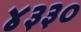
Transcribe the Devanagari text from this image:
४३३०